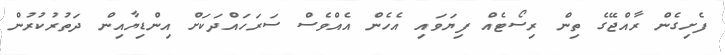
ފެށިގެން ރާއްޖޭގެ ތިން ރިސޯޓެއް ފިޔަވައި އެހެން އެއްވެސް ސަރަހައްދަކަށް އިންޑިޔާއިން ދަތުރުކުރުން